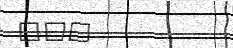
٢٦٣